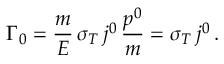
\Gamma _ { 0 } = \frac { m } { E } \, \sigma _ { T } \, j ^ { 0 } \, \frac { p ^ { 0 } } { m } = \sigma _ { T } \, j ^ { 0 } \, .